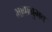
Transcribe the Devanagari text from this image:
भावानुभव